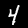
Digit: 4